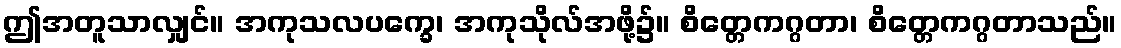
ဤအတူသာလျှင်။ အကုသလပက္ခေ၊ အကုသိုလ်အဖို့၌။ စိတ္တေကဂ္ဂတာ၊ စိတ္တေကဂ္ဂတာသည်။